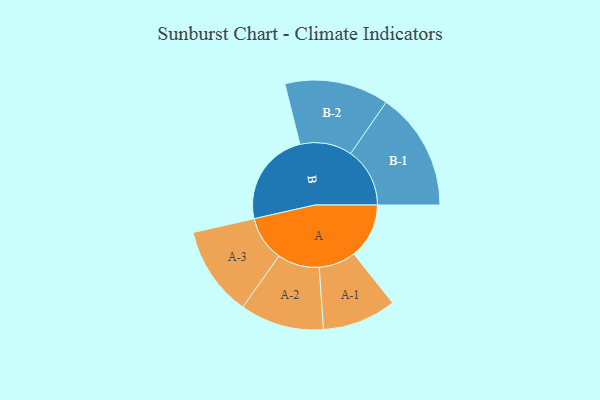
{"axis": {"x": "Segment", "y": "Value"}, "legend": ["", "A", "B"], "data": [{"x": "A", "y": 233, "type": ""}, {"x": "B", "y": 401, "type": ""}, {"x": "A-1", "y": 156, "type": "A"}, {"x": "A-2", "y": 177, "type": "A"}, {"x": "A-3", "y": 190, "type": "A"}, {"x": "B-1", "y": 250, "type": "B"}, {"x": "B-2", "y": 220, "type": "B"}]}